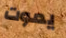
يموت